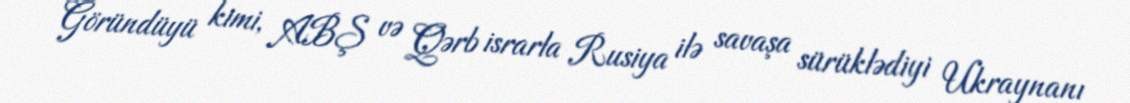
Göründüyü kimi, ABŞ və Qərb israrla Rusiya ilə savaşa sürüklədiyi Ukraynanı